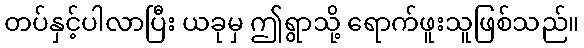
တပ်နှင့်ပါလာပြီး ယခုမှ ဤရွာသို့ ရောက်ဖူးသူဖြစ်သည်။